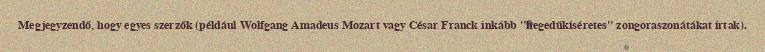
Megjegyzendő, hogy egyes szerzők (például Wolfgang Amadeus Mozart vagy César Franck inkább "hegedűkíséretes" zongoraszonátákat írtak).